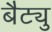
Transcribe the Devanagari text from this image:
बैट्यु